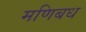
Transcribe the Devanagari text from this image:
मणिबध